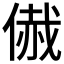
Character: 𠋰